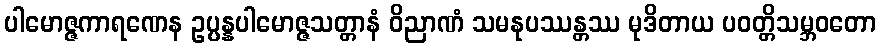
ပါမောဇ္ဇကာရဏေန ဥပ္ပန္နပါမောဇ္ဇသတ္တာနံ ဝိညာဏံ သမနုပဿန္တဿ မုဒိတာယ ပဝတ္တိသမ္ဘဝတော